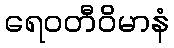
ရေဝတီဝိမာနံ